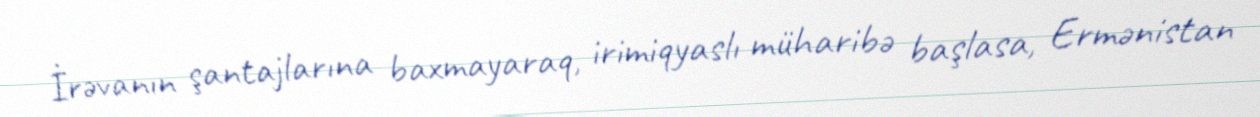
İrəvanın şantajlarına baxmayaraq, irimiqyaslı müharibə başlasa, Ermənistan